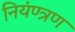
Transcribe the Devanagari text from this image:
नियंण्त्रण